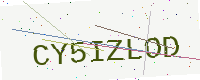
Text: CY5IZLOD